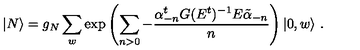
| N \rangle = g _ { N } \sum _ { w } \exp \left( \sum _ { n > 0 } - \frac { \alpha _ { - n } ^ { t } G ( E ^ { t } ) ^ { - 1 } E \tilde { \alpha } _ { - n } } { n } \right) | 0 , w \rangle \ .